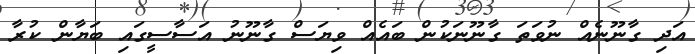
އަދި ގާނޫނެއް ނުވަތަ ގާނޫނަކުން ބައެއް ވިޔަސް ގާނޫނު އަސާސީގައި ބަޔާން ކުރާ